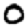
Digit: 0